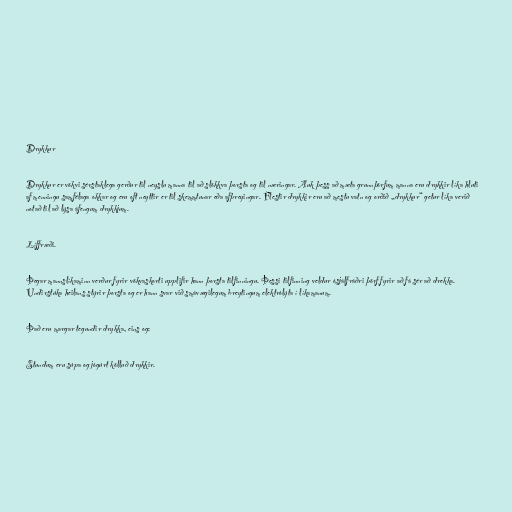
Drykkur

Drykkur er vökvi sérstaklega gerður til neyslu manna til að slökkva þorsta og til næringar. Auk þess að mæta grunnþörfum manna eru drykkir líka hluti
af menningu samfélaga okkar og eru oft neyttir er til skemmtunar eða afþreyingar. Flestir drykkir eru að mestu vatn og orðið „drykkur“ getur líka verið
notað til að lýsa áfengum drykkjum.

Líffræði.

Þegar mannslíkaminn verður fyrir vökvaskorti upplifir hann þorsta tilfinningu. Þessi tilfinning veldur ósjálfráðri þörf fyrir að fá sér að drekka.
Undirstúka heilans stýrir þorsta og er hann svar við smávægilegum breytingum elektrólýta í líkamanum.

Það eru margar tegundir drykka, eins og:

Stundum eru súpa og jógúrt kölluð drykkir.